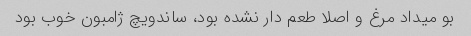
بو میداد مرغ و اصلا طعم دار نشده بود، ساندویچ ژامبون خوب بود